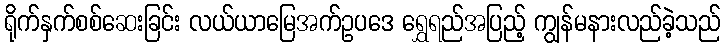
ရိုက်နှက်စစ်ဆေးခြင်း လယ်ယာမြေအက်ဥပဒေ ရွှေရည်အပြည့် ကျွန်မနားလည်ခဲ့သည်